Jaan_Tonisson_(Lasteleht), lk 68
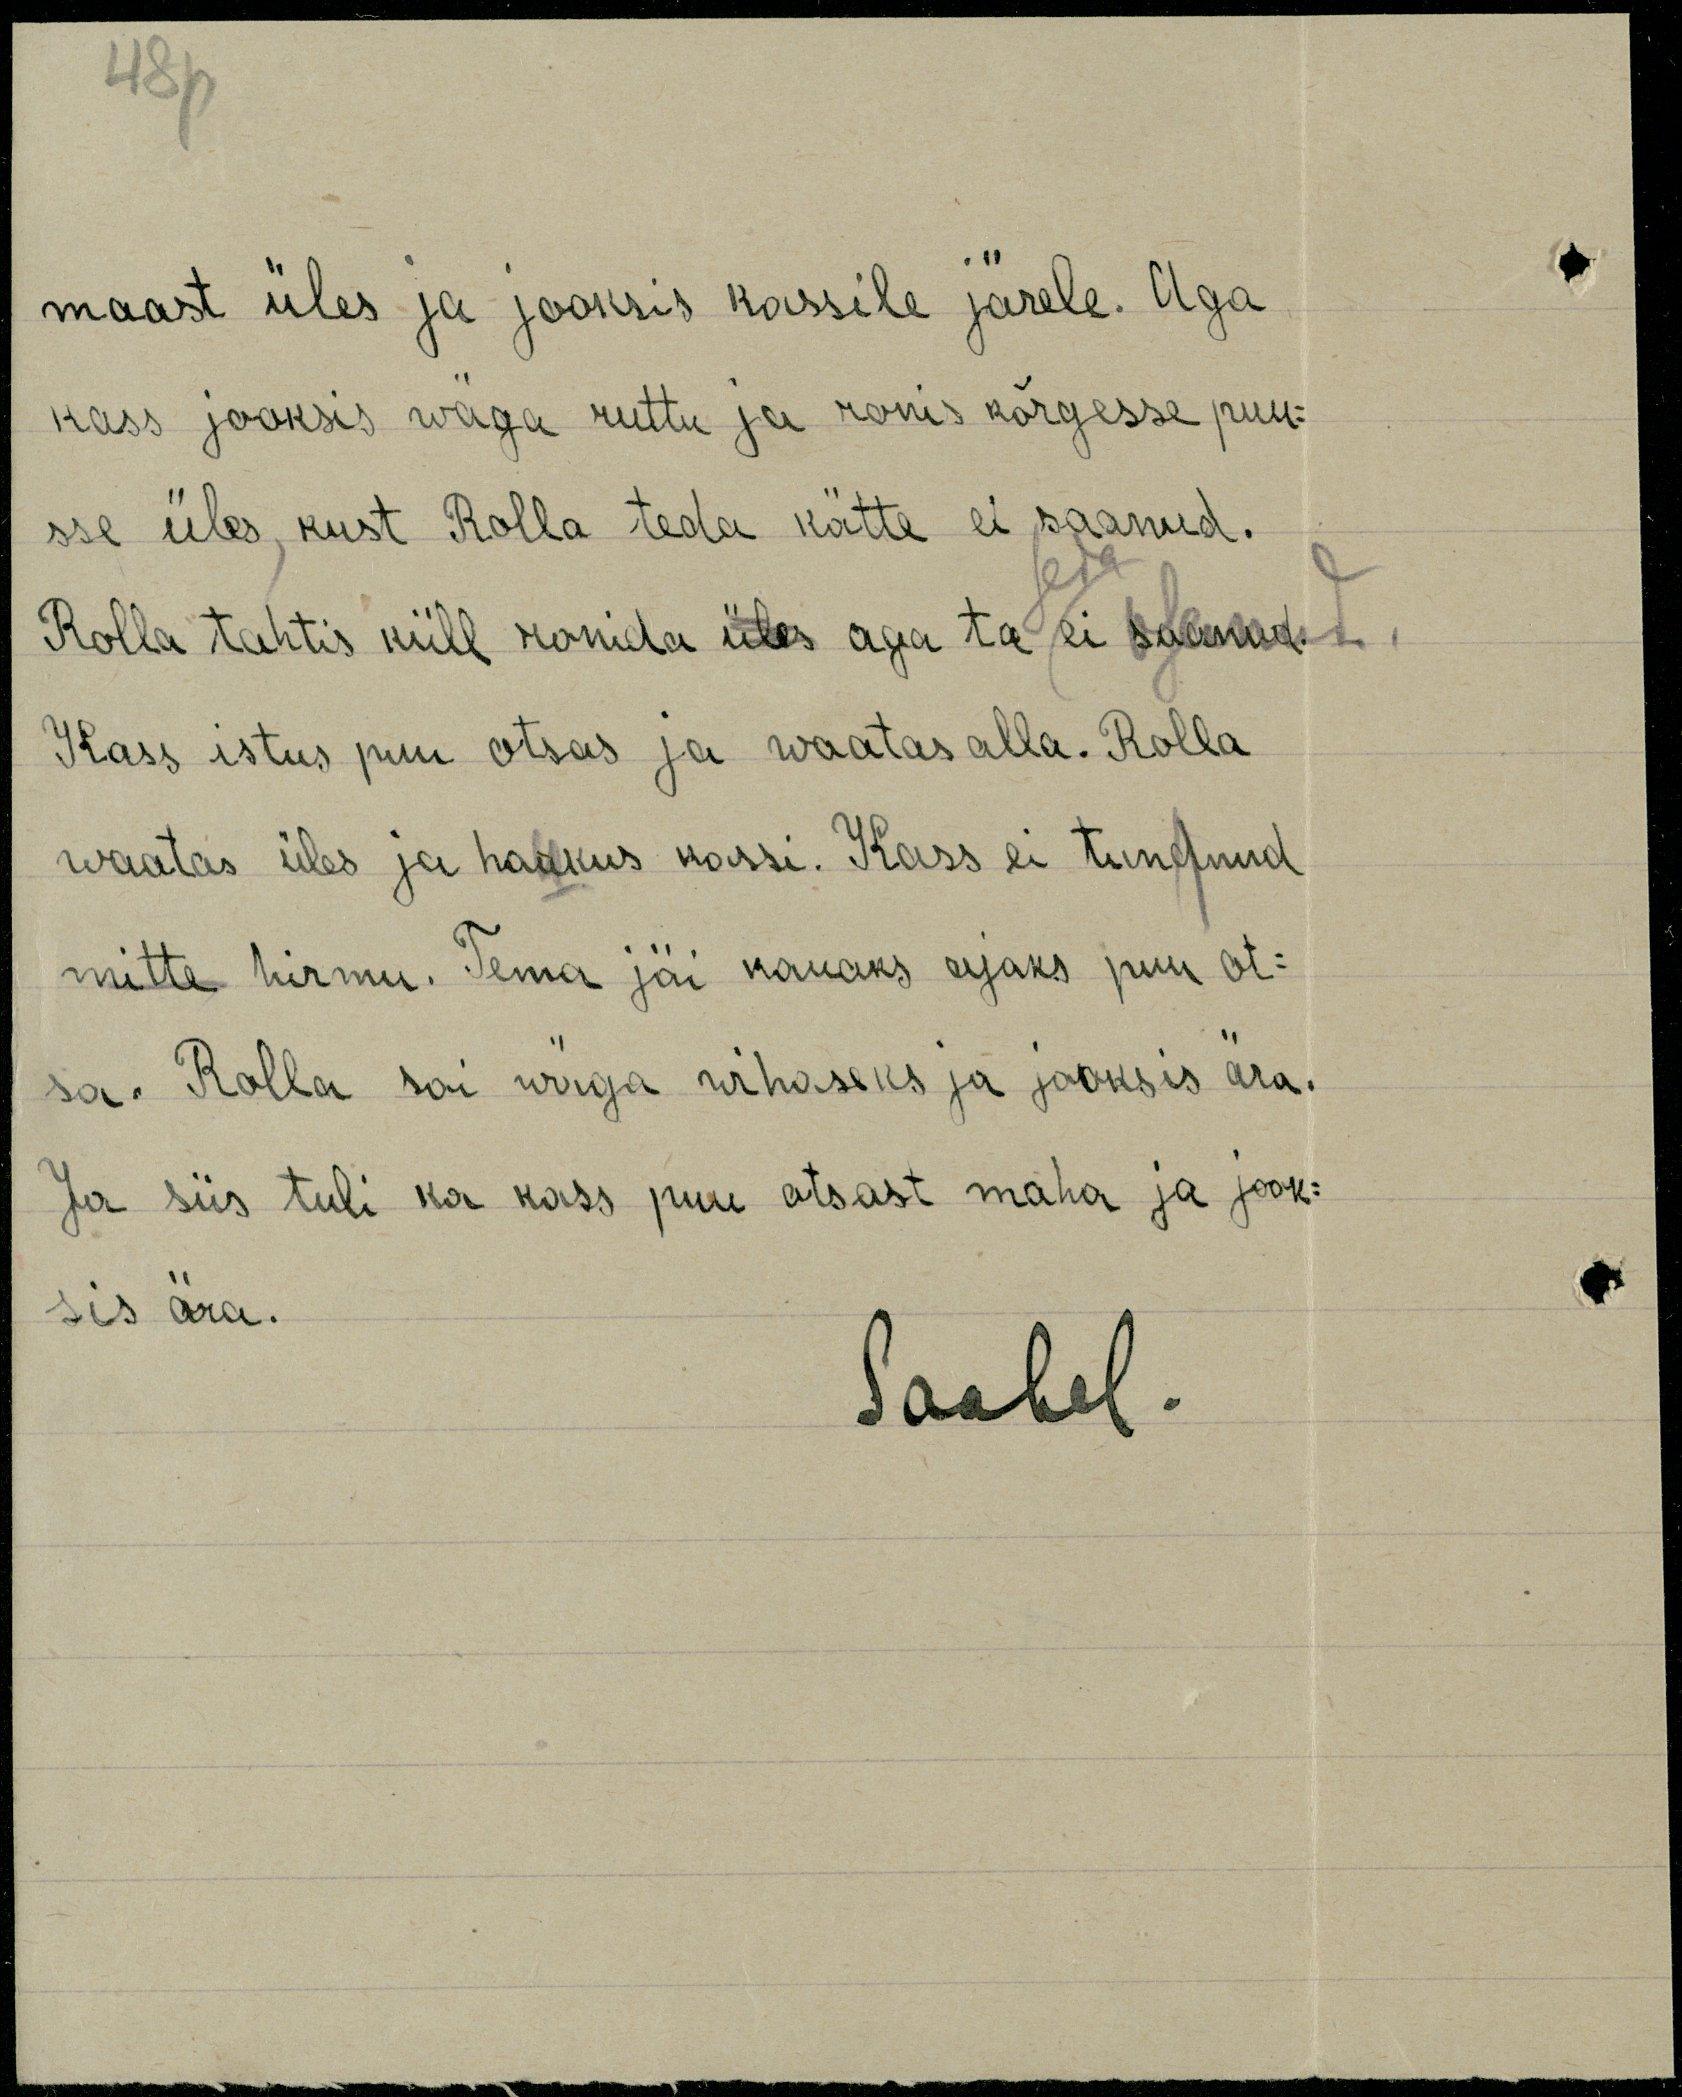
48p
maast üles ja jooksis kassile järele. Aga
kass jooksis wäga ruttu ja ronis kõrgesse puu-
sse üles kust Rolla teda kätte ei saanud.
Rolla tahtis küll ronida üles aga ta ei saanud.
Kass istus puu otsas ja waatas alla. Rolla
waatas üles ja haukus kassi. Kass ei tundnud
mitte hirmu. Tema jäi kauaks ajaks puu ot-
sa. Rolla sai wäga wihaseks ja jooksis ära.
Ja siis tuli ka kass puu otsast maha ja jook-
sis ära.
Saabel.